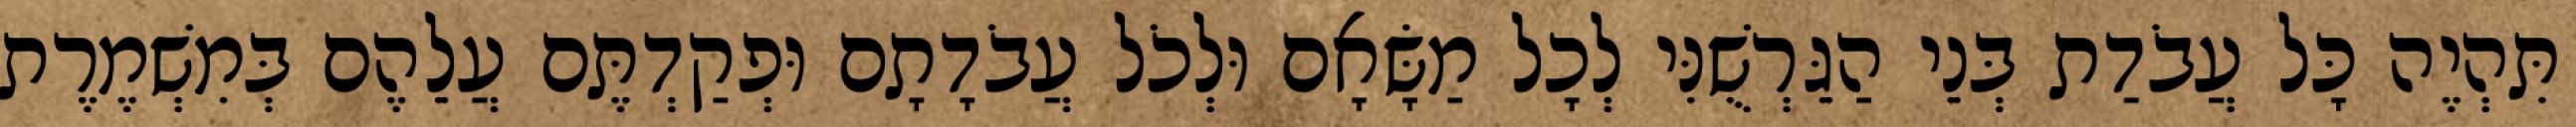
תִּהְיֶה כָּל עֲבֹדַת בְּנֵי הַגֵּרְשֻׁנִּי לְכָל מַשָּׂאָם וּלְכֹל עֲבֹדָתָם וּפְקַדְתֶּם עֲלֵהֶם בְּמִשְׁמֶרֶת